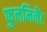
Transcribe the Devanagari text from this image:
फुलमिनैंट